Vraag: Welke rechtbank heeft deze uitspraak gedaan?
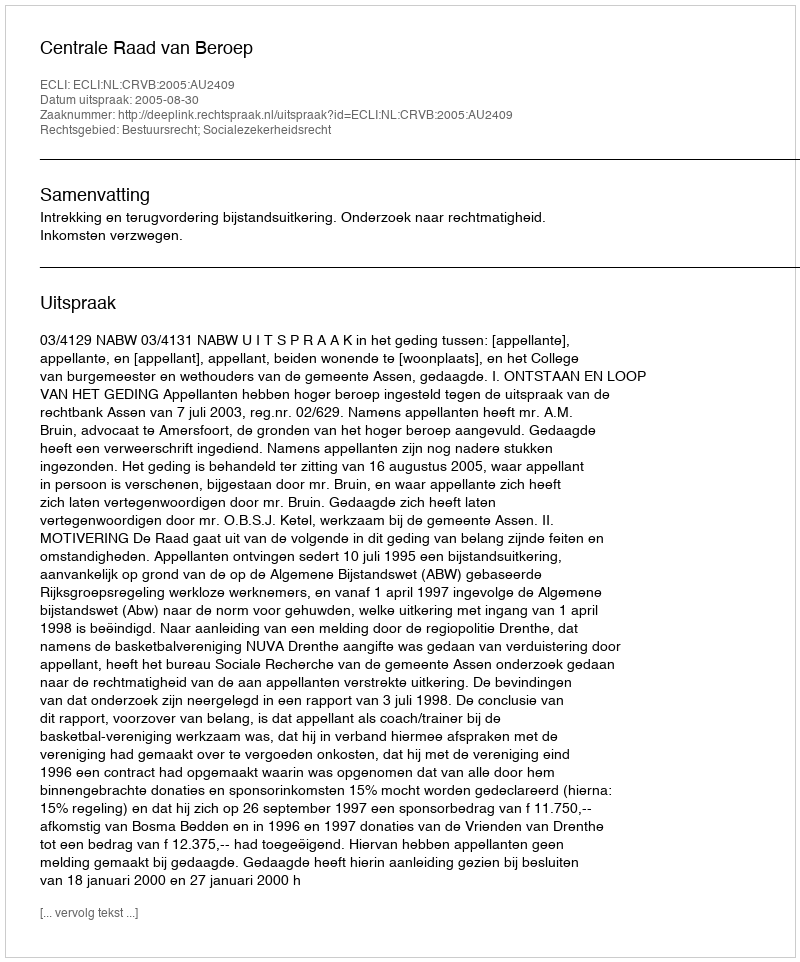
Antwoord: Centrale Raad van Beroep